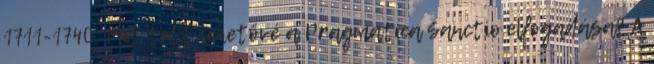
1711-1740. Mit tett lehetővé a Pragmatica Sanctio elfogadása? A